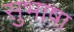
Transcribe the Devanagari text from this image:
सुभाषा